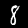
Digit: 8